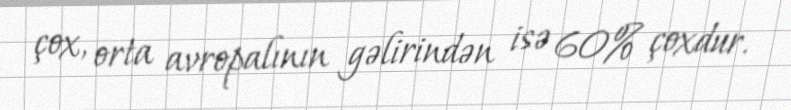
çox, orta avropalının gəlirindən isə 60% çoxdur.